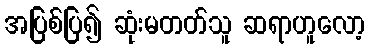
အပြစ်ပြ၍ ဆုံးမတတ်သူ ဆရာဟူလော့